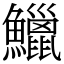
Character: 鱲